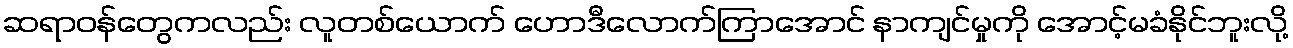
ဆရာဝန်တွေကလည်း လူတစ်ယောက် ဟောဒီလောက်ကြာအောင် နာကျင်မှုကို အောင့်မခံနိုင်ဘူးလို့